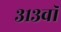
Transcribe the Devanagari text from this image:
३१३वॉ